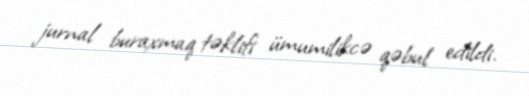
jurnal buraxmaq təklifi ümumilikcə qəbul edildi.